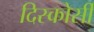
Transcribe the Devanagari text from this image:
दिस्कोर्सी